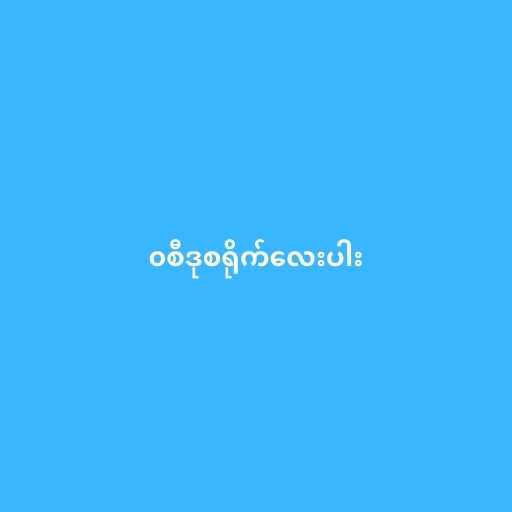
၀စီဒုစရိုက်လေးပါး